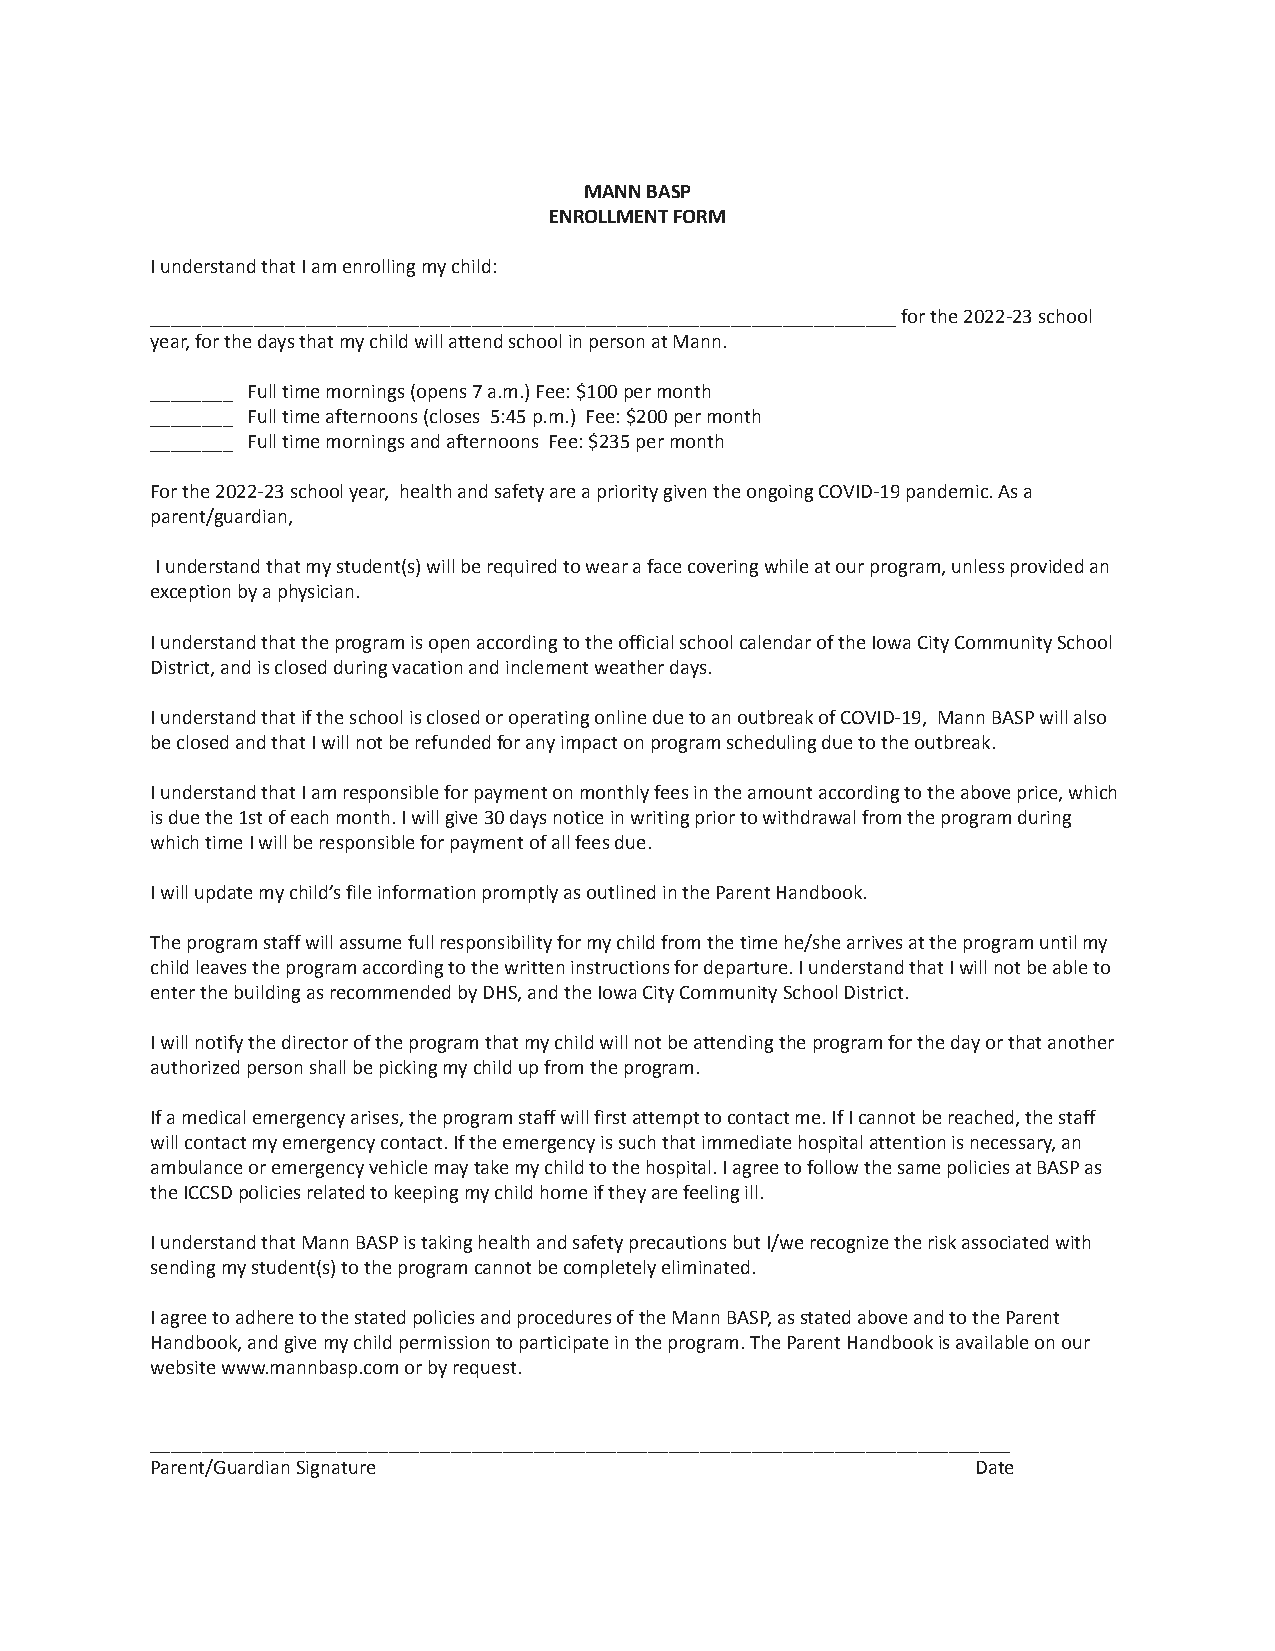
MANN BASP
 ENROLLMENT FORM
 I understand that I am enrolling my child:
 ________________________________________________________________________ for the 2022-23 school
 year, for the days that my child will attend school in person at Mann.
 ________ Full time mornings (opens 7 a.m.) Fee: $100 per month
 ________ Full time afternoons (closes 5:45 p.m.) Fee: $200 per month
 ________ Full time mornings and afternoons Fee: $235 per month
 For the 2022-23 school year, health and safety are a priority given the ongoing COVID-19 pandemic. As a
 parent/guardian,
 I understand that my student(s) will be required to wear a face covering while at our program, unless provided an
 exception by a physician.
 I understand that the program is open according to the official school calendar of the Iowa City Community School
 District, and is closed during vacation and inclement weather days.
 I understand that if the school is closed or operating online due to an outbreak of COVID-19, Mann BASP will also
 be closed and that I will not be refunded for any impact on program scheduling due to the outbreak.
 I understand that I am responsible for payment on monthly fees in the amount according to the above price, which
 is due the 1st of each month. I will give 30 days notice in writing prior to withdrawal from the program during
 which time I will be responsible for payment of all fees due.
 I will update my child’s file information promptly as outlined in the Parent Handbook.
 The program staff will assume full responsibility for my child from the time he/she arrives at the program until my
 child leaves the program according to the written instructions for departure. I understand that I will not be able to
 enter the building as recommended by DHS, and the Iowa City Community School District.
 I will notify the director of the program that my child will not be attending the program for the day or that another
 authorized person shall be picking my child up from the program.
 If a medical emergency arises, the program staff will first attempt to contact me. If I cannot be reached, the staff
 will contact my emergency contact. If the emergency is such that immediate hospital attention is necessary, an
 ambulance or emergency vehicle may take my child to the hospital. I agree to follow the same policies at BASP as
 the ICCSD policies related to keeping my child home if they are feeling ill.
 I understand that Mann BASP is taking health and safety precautions but I/we recognize the risk associated with
 sending my student(s) to the program cannot be completely eliminated.
 I agree to adhere to the stated policies and procedures of the Mann BASP, as stated above and to the Parent
 Handbook, and give my child permission to participate in the program. The Parent Handbook is available on our
 website www.mannbasp.com or by request.
 ___________________________________________________________________________________
 Parent/Guardian Signature                              Date